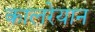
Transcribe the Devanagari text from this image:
कालरेयान